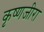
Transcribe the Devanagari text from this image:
कृष्णजीरा